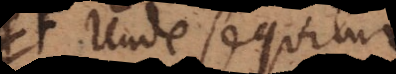
regit. Unde sequitur